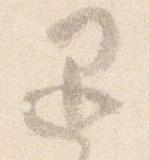
退